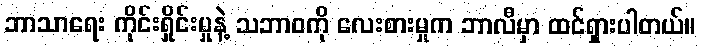
ဘာသာရေး ကိုင်းရှိုင်းမှုနဲ့ သဘာဝကို လေးစားမှုက ဘာလီမှာ ထင်ရှားပါတယ်။